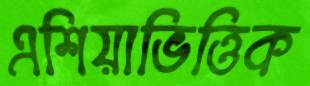
এশিয়াভিত্তিক